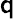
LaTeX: \mathsf{q}